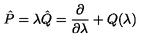
\hat { P } = \lambda \hat { Q } = { \frac { \partial } { \partial \lambda } } + Q ( \lambda )